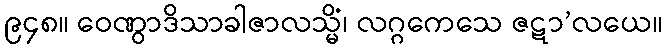
၉၄၈။ ဝေဏွာဒိသာခါဇာလသ္မိံ၊ လဂ္ဂကေသေ ဇဋာ’လယေ။